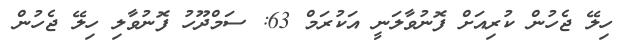
ހިލޭ ޖެހުން ކުރިއަށް ފޮނުވާލަނީ އަކުރަމް 63: ސަމްދޫހު ފޮނުވާލި ހިލޭ ޖެހުން